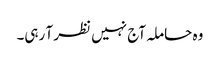
وہ حاملہ آج نہیں نظر آ رہی۔